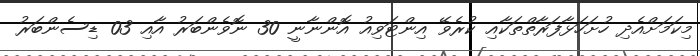
މިކަމަށްއެދި ހުށަހަޅާފަރާތްތަކާއި ކުރެވޭ އިންޓަވިއު އޮންނާނީ 30 ނޮވެންބަރު އާއި 03 ޑިސެންބަރު